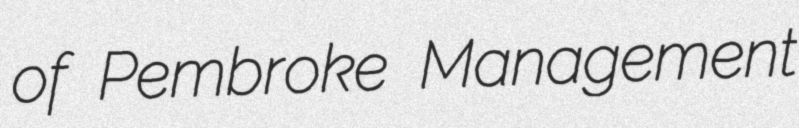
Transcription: of Pembroke Management